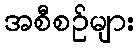
အစီစဉ်များ